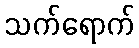
သက်ရောက်